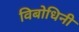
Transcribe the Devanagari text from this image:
विबोधिनी